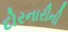
દોરનારીની